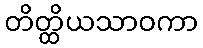
တိတ္ထိယသာဝကာ